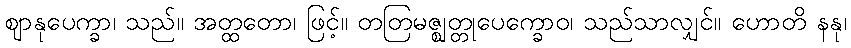
ဈာနုပေက္ခာ၊ သည်။ အတ္ထတော၊ ဖြင့်။ တတြမဇ္ဈတ္တုပေက္ခောဝ၊ သည်သာလျှင်။ ဟောတိ နနု၊